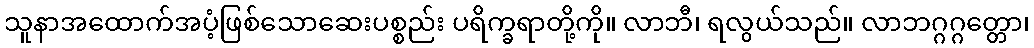
သူနာအထောက်အပံ့ဖြစ်သောဆေးပစ္စည်း ပရိက္ခရာတို့ကို။ လာဘီ၊ ရလွယ်သည်။ လာဘဂ္ဂဂ္ဂတ္တော၊